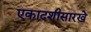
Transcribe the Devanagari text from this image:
एकादशीसारखे